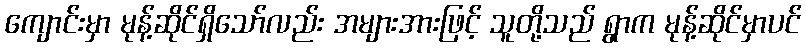
ကျောင်းမှာ မုန့်ဆိုင်ရှိသော်လည်း အများအားဖြင့် သူတို့သည် ရွာက မုန့်ဆိုင်မှာပင်